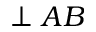
\perp A B